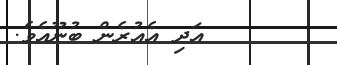
١٥       އަދި އެއުރެން ބުނޫއެވެ.